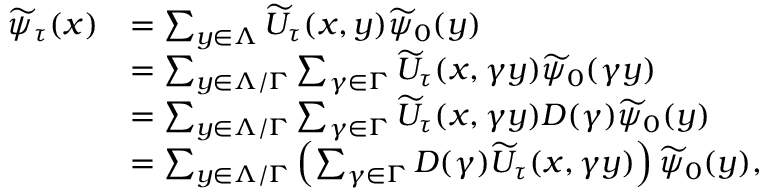
\begin{array} { r l } { \widetilde { \psi } _ { \tau } ( x ) } & { = \sum _ { y \in \Lambda } \widetilde { U } _ { \tau } ( x , y ) \widetilde { \psi } _ { 0 } ( y ) } \\ & { = \sum _ { y \in \Lambda / \Gamma } \sum _ { \gamma \in \Gamma } \widetilde { U } _ { \tau } ( x , \gamma y ) \widetilde { \psi } _ { 0 } ( \gamma y ) } \\ & { = \sum _ { y \in \Lambda / \Gamma } \sum _ { \gamma \in \Gamma } \widetilde { U } _ { \tau } ( x , \gamma y ) D ( \gamma ) \widetilde { \psi } _ { 0 } ( y ) } \\ & { = \sum _ { y \in \Lambda / \Gamma } \left( \sum _ { \gamma \in \Gamma } D ( \gamma ) \widetilde { U } _ { \tau } ( x , \gamma y ) \right) \widetilde { \psi } _ { 0 } ( y ) , } \end{array}